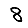
Digit: 8